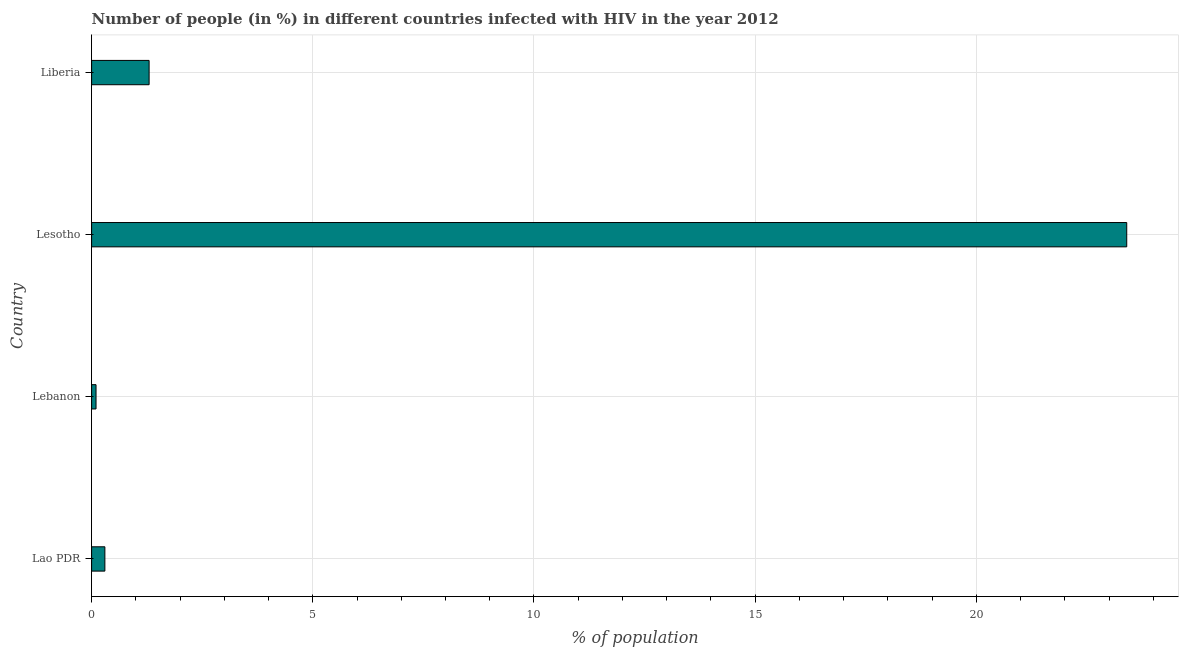
| Country | Infected with HIV |
 | --- | --- |
 | Lao PDR | 0.3 |
 | Lebanon | 0.1 |
 | Lesotho | 23.4 |
 | Liberia | 1.3 |